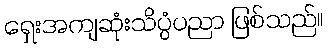
ရှေးအကျဆုံးသိပ္ပံပညာ ဖြစ်သည်။